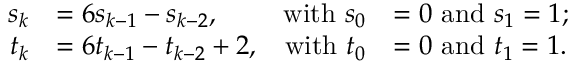
{ \begin{array} { r l r l } { s _ { k } } & { = 6 s _ { k - 1 } - s _ { k - 2 } , } & { { \mathrm { w i t h ~ } } s _ { 0 } } & { = 0 { \mathrm { ~ a n d ~ } } s _ { 1 } = 1 ; } \\ { t _ { k } } & { = 6 t _ { k - 1 } - t _ { k - 2 } + 2 , } & { { \mathrm { w i t h ~ } } t _ { 0 } } & { = 0 { \mathrm { ~ a n d ~ } } t _ { 1 } = 1 . } \end{array} }